Papers set at the Examination for Leaving Certificates, 1893
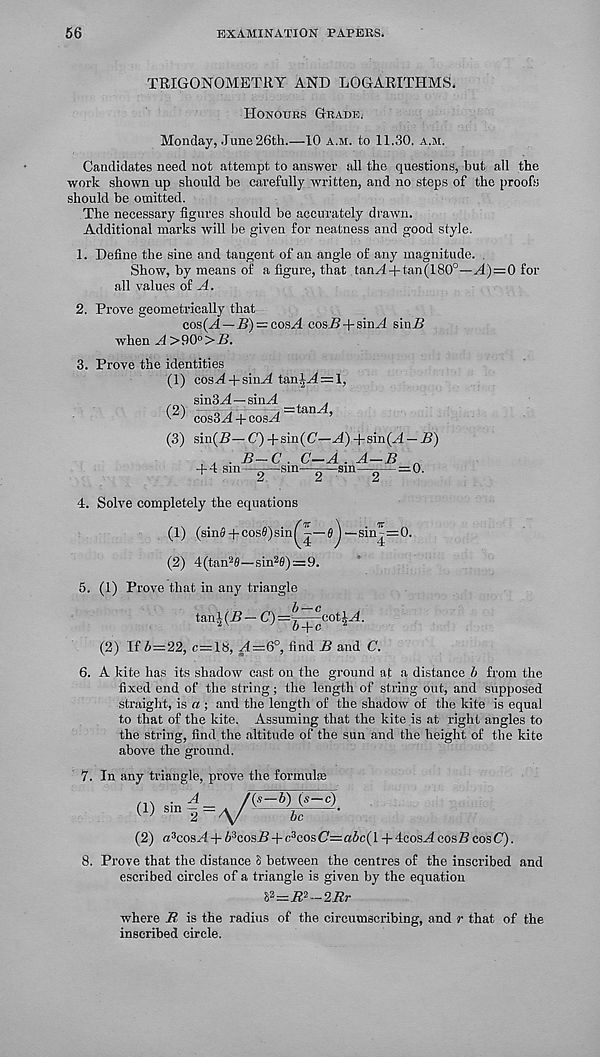
56
EXAMINATION PAPERS.
TRIGONOMETRY AND LOGARITHMS.
Honours Grade.
Monday, June 26th.—10 a.m. to 11.30, a.m.
Candidates need not attempt to answer all the questions, but all the
work shown up should be carefully written, and no steps of the proofs
should be omitted.
The necessary figures should be accurately drawn.
Additional marks will he given for neatness and good style.
1. Define the sine and tangent of an angle of any magnitude. .
Show, by means of a figure, that tanH+tan(180°—M)=0 for
all values of A.
Prove geometrically that
cos(M—i?) = cosM cos/! + sin A sin/!
when A >90° >B.
Prove the identities
(1) cos^ + sinM tan^M = l,
m sin3H—sinH
.
cosSA + cosA
nA ’
(3) sin(/!—C')+sin(C'—^() + sin(M —/!)
B-
+ 4 sin J ■C . C-A . A-B
—sm—-—sm—- — = : 0.
4. Solve completely the equations
(1) (sinS4-cos0)sinl0J —sin-=0.
(2) 4(tan 2 0—sin 2 fi)=9.
5. (1) Prove that in any triangle
tan-i-(/! — C)=| 4 -^'oG i N.
(2) If i=22, c=18, M=6°, find B and C.
6. A kite has its shadow cast on the ground at a distance b from the
fixed end of the string; the length of string out, and supposed
straight, is a ; and the length of the shadow of the kite is equal
to that of the kite. Assuming that the kite is at right angles to
the string, find the altitude of the sun and the height of the kite
above the ground.
7. In any triangle, prove the formula;
/in ■ A
/(, s —b) (s—c)
(!) sm 2=^
6c
(2) a 3 cosN + 6 3 cosZ!+c 3 cosC= abc(l + 4eosN cosB cosC).
8. Prove that the distance S between the centres of the inscribed and
escribed circles of a triangle is given by the equation
&=B?-2Rr
where R is the radius of the circumscribing, and r that of the
inscribed circle.